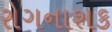
રોગનાશક